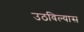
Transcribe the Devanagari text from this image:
उठविल्यास